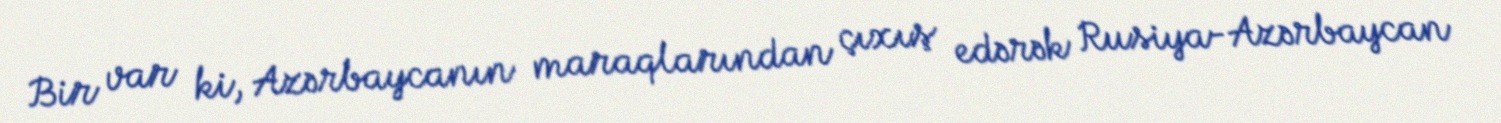
Bir var ki, Azərbaycanın maraqlarından çıxış edərək Rusiya-Azərbaycan